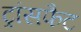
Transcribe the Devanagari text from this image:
ट्रांसफैट